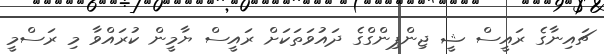
ޗައިނާގެ ރައީސް ޝީ ޖިންޕިންގްގެ ދައުވަތަކަށް ރައީސް ޔާމީން ކުރައްވާ މި ރަސްމީ